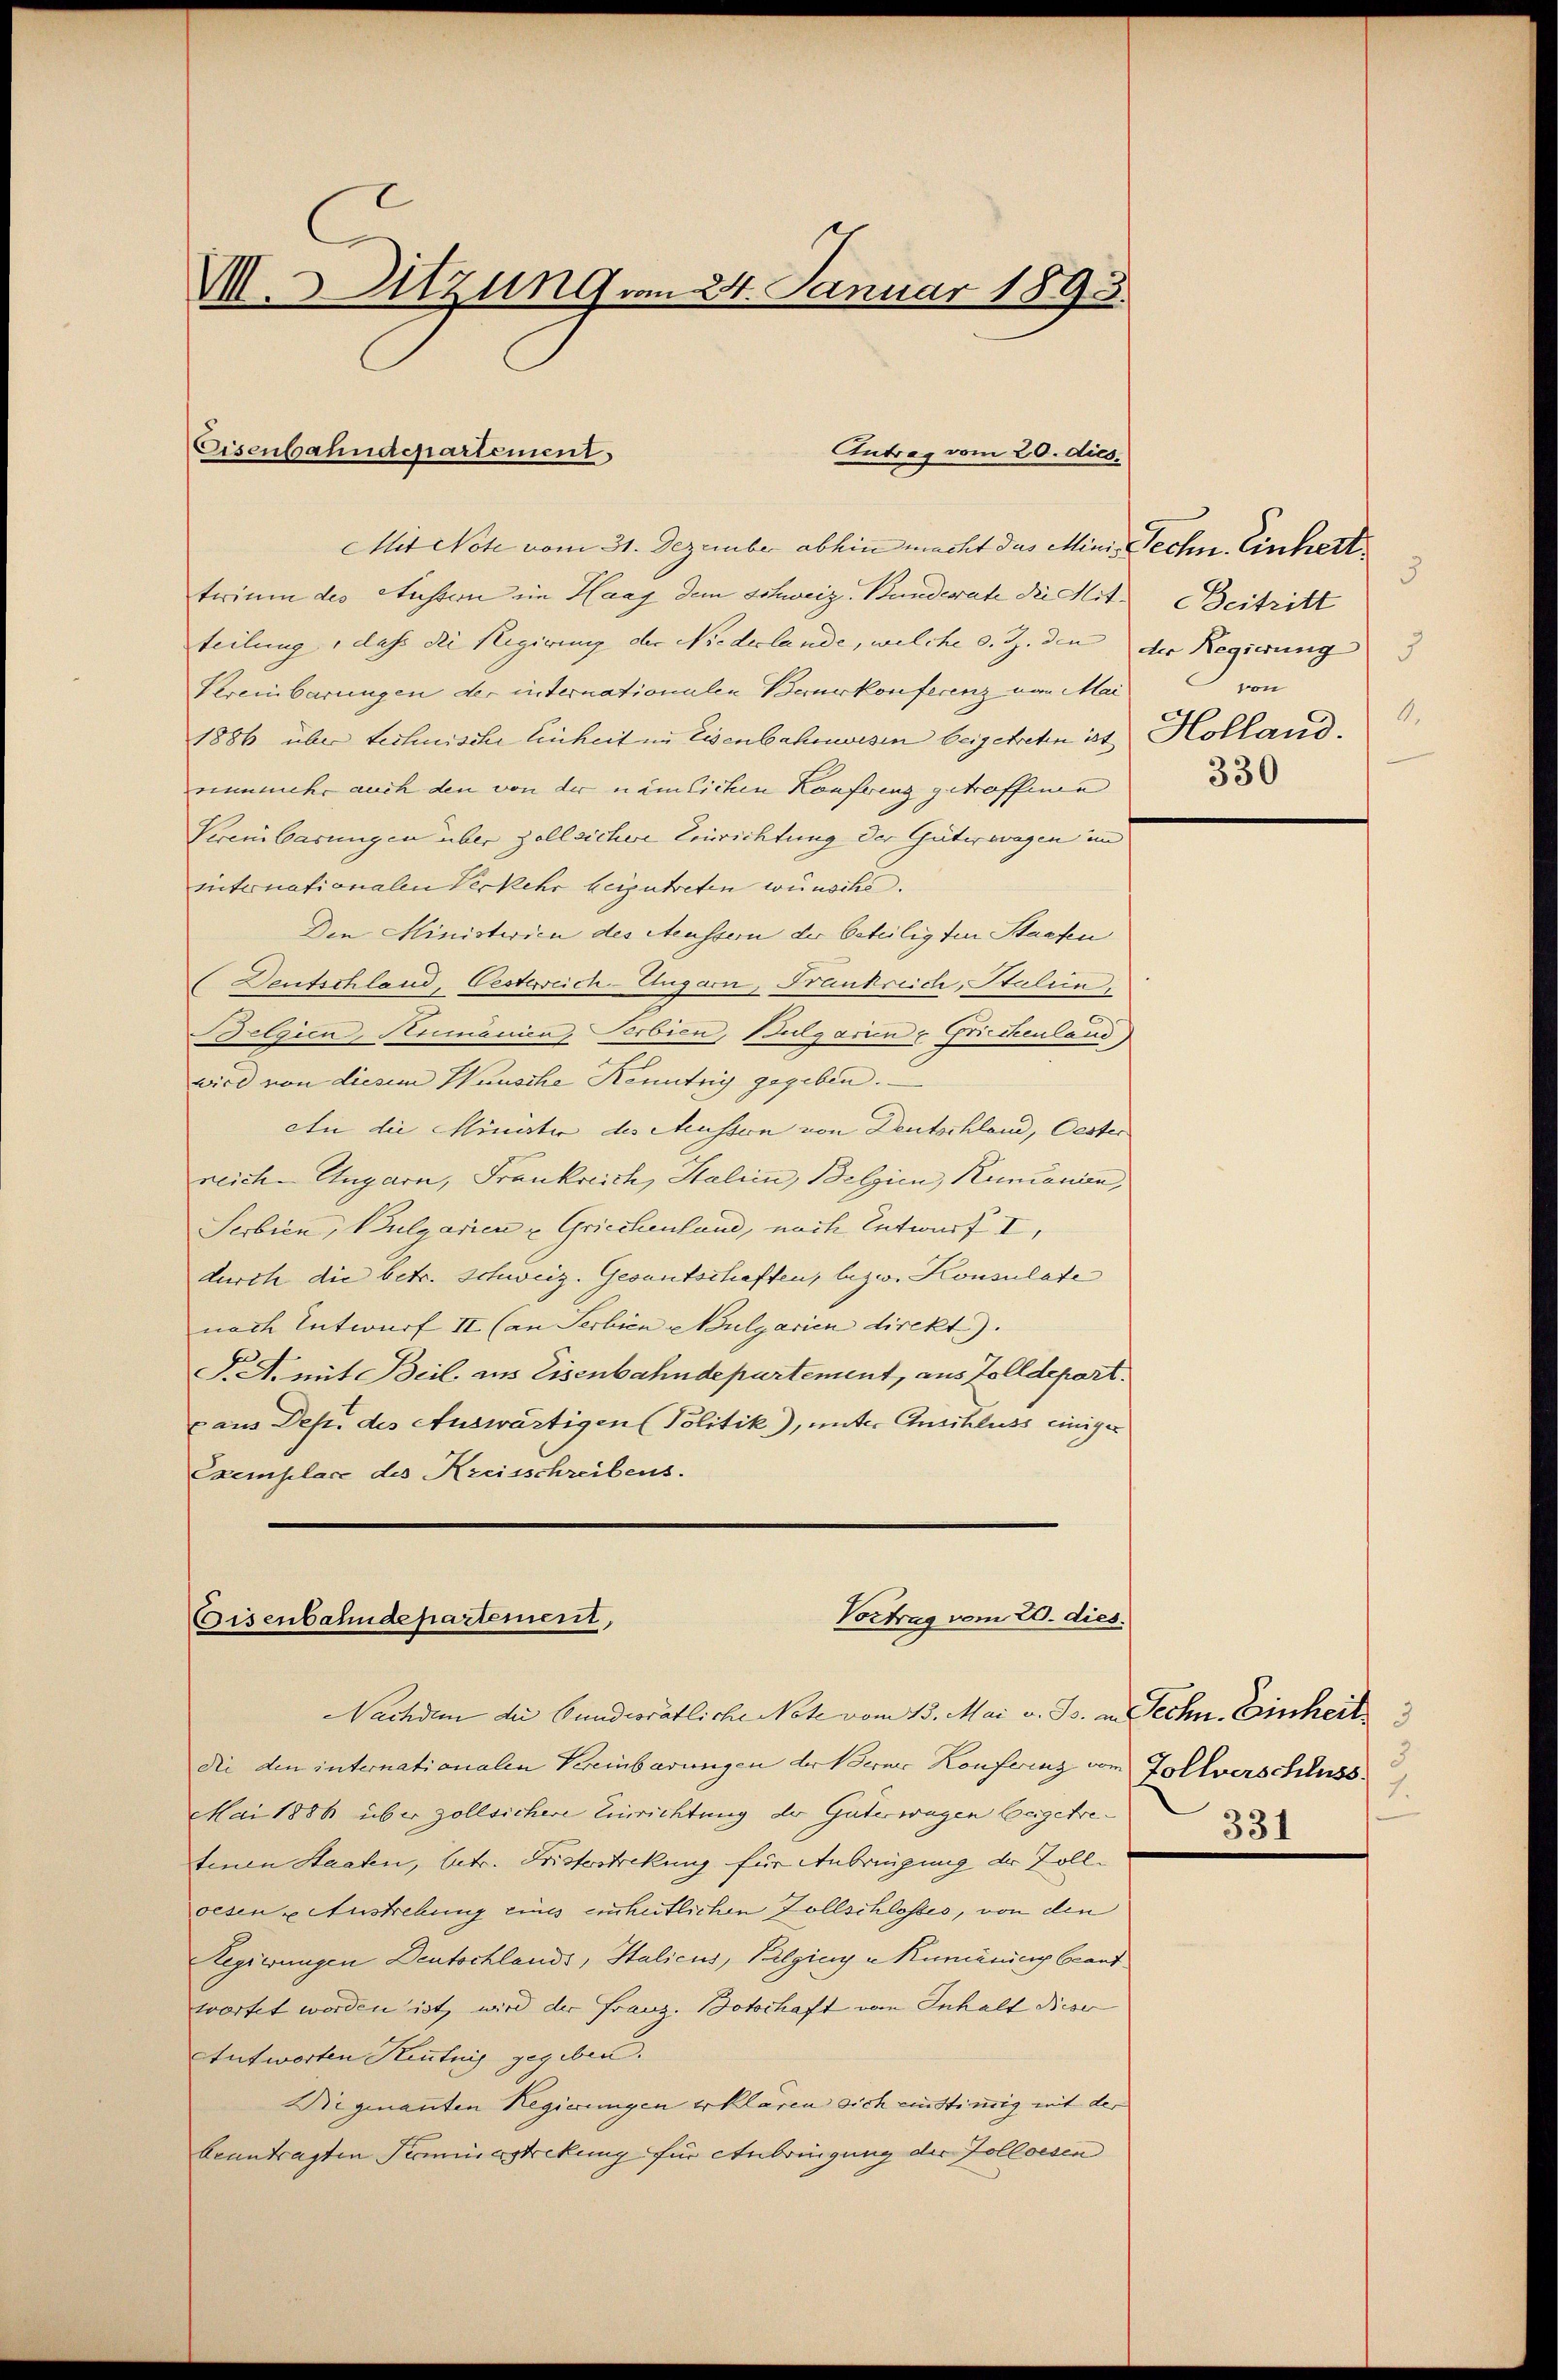
M.Sitzung vom 24. Januar 1893.

Mit Note vom 31. Dezember abhin macht das Mini-Techn. Einheit
terium des Aussern im Haag dem Schweiz. Bunderate die Mitteilung, daß die Regierung der Niederlande, welche s. Z. den der Regierung 3
Kereinbarungen der internationalen Bauerkonferenz von Mai
1886 über technische Einheit im Eisenbahnwesen beigetreten ist Holland.
nunmehr auch den von der nämlichen Konferenz getroffenen
Vereinbarungen über Zollsichere Einrichtung der Güterwagen im
internationalen Verkehr beizutreten würdete.
Den Ministerien des Aeussern der beteilig den Stacken
Deutschland, Oesterreich-Ungarn, Frankreich, Stalien,
Belgien, Humanien, Serbien, (Sulgarien & Griechenland)
wird von diesem Wunsche Kenntnig gegeben.
an die Minister des Mussen von Deutschland, Oester
reiche Ungarn, Frankreich, Stalien, Belgien, Rumanien,
Serbien, Bulgarien u Griechenland, nach Entwurf I,
durch die betr. Schweiz. Gesantschaften, bezw. Konsulate
nach Entwurf II. (an Serbien Bulgarien direkt.).
F. A. mit Beil, aus Eisenbahndepartement, aus Zolldepart.
aus Dep. des Auswärtigen Politik), unter Anschluss einiger
Exemplare des Kreisschreibens.

Eisenbahndepartement

Antrag vom 20. dies¬

Vortrag vom 20. dies
Gisenbahndepartement,

Nachdem die Bundesrätliche Note vom 13. Mai v. Js. u. Techn. Einheildie den internationalen Kreinbarungen der Berner Konferenz vom Tollverschluss
Mai 1886 über zollsichere Einrichtung der Güterwegen beigetre
tenen Staaten, betr. Fristesteckung für Anbringung der Volloesen u Austrebung eines einheitlichen Zollschlosses, von den
Regierungen Deutschlands, Italicus, Pilging Kumäning brand
wortet worden ist, wird der Franz. Botschaft vom Inhalt diese
Antworten Kentnis gegeben.
Wiegenanten Regierungen erklären sich einstimmig mit der
beantragten Seminestrikung für Anbringung der Zolloesen

3
Beitritt
von
1.
330

3
2